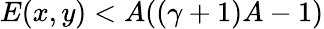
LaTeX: E(x,y)<A((\gamma+1)A-1)